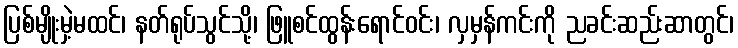
ပြစ်မျိုးမှဲ့မထင်၊ နတ်ရုပ်သွင်သို့၊ ဖြူစင်ထွန်းရောင်ဝင်း၊ လှမှန်ကင်းကို ညခင်းဆည်းဆာတွင်၊